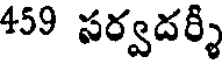
459 సర్వదర్శీ